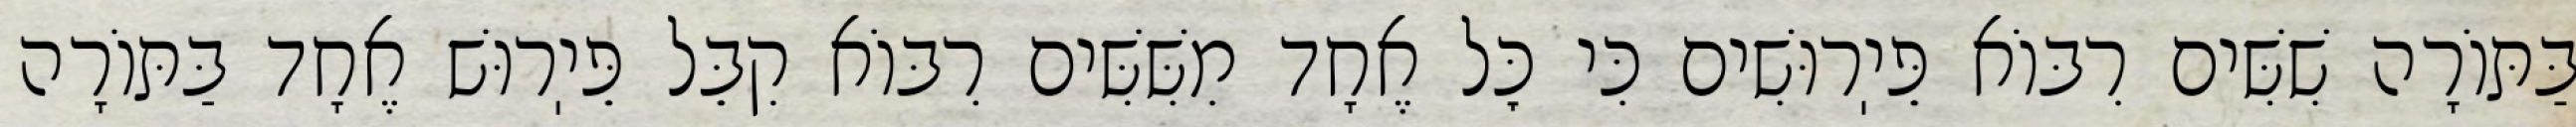
בַּתּוֹרָה שִׁשִּׁים רִבּוֹא פֵּיֽרוּשִׁים כִּי כׇּל אֶחָד מִשִּׁשִּׁים רִבּוֹא קִבֵּל פֵּיֽרוּשׁ אֶחָד בַּתּוֹרָה